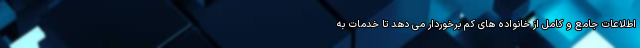
اطلاعات جامع و کامل از خانواده های کم برخوردار می دهد تا خدمات به